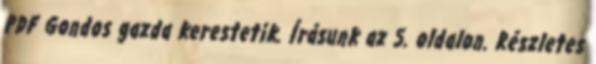
PDF Gondos gazda kerestetik. Írásunk az 5. oldalon. Részletes